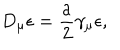
D _ { \mu } \epsilon = \frac { a } { 2 } \gamma _ { \mu } \epsilon ,